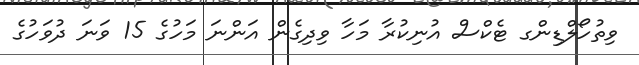
ވިތުހޯލްޑިންގ ޓެކްސް އުނިކުރާ މަހާ ވިދިގެން އަންނަ މަހުގެ 15 ވަނަ ދުވަހުގެ